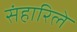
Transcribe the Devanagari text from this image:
संहारिले